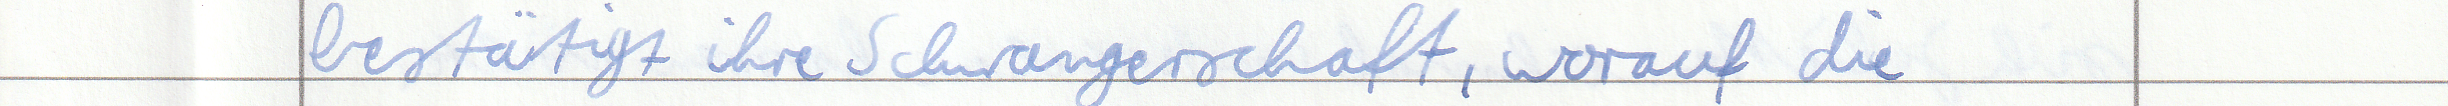
bestätigt ihre Schwangerschaft, worauf die